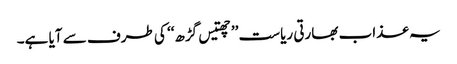
یہ عذاب بھارتی ریاست ’’چھتیس گڑھ‘‘ کی طرف سے آیا ہے۔